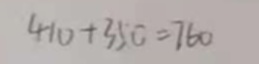
4 1 0 + 3 5 0 = 7 6 0